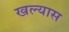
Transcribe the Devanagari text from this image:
खल्यास